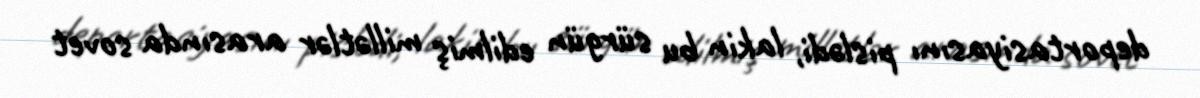
deportasiyasını pislədi, lakin bu sürgün edilmiş millətlər arasında sovet